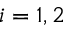
i = 1 , 2